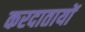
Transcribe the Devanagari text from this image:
करदातायों